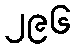
၂၉၆